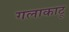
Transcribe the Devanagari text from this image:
गलाकाटू